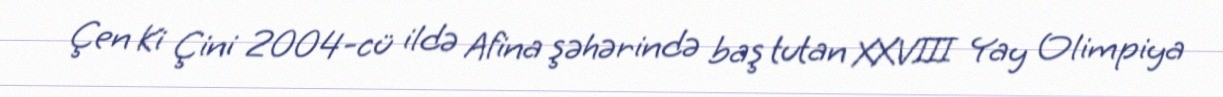
Çen Ki Çini 2004-cü ildə Afina şəhərində baş tutan XXVIII Yay Olimpiya